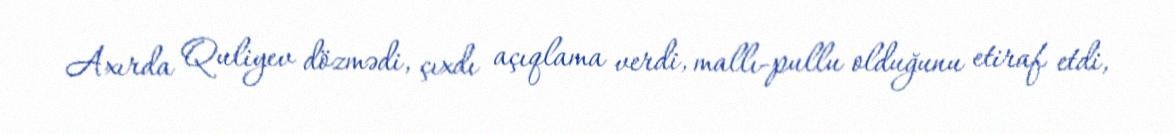
Axırda Quliyev dözmədi, çıxdı açıqlama verdi, mallı-pullu olduğunu etiraf etdi,